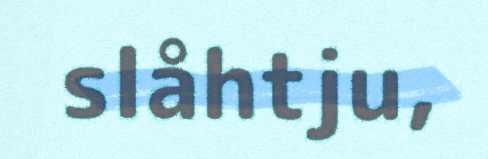
slåhtju,